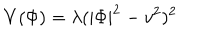
V ( \Phi ) = \lambda ( | \Phi | ^ { 2 } - v ^ { 2 } ) ^ { 2 }